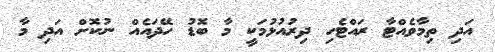
އަދި ތިމާވެއްޓާ ރައްޓެހި ދިރުއުޅުމަކީ މާ ބޮޑު ހޭދައެއް ނުކޮށް އަދި މާ